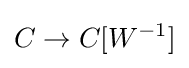
C\to C[W^{-1}]